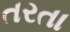
તરતા